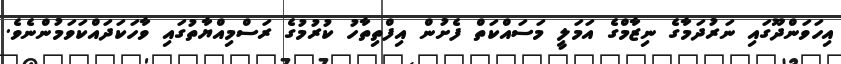
އިހަވަންދޫގައި ނަރުދަމާގެ ނިޒާމްގެ އަމަލީ މަސައްކަތް ފެށުން އިފްތިތާހު ކުރުމުގެ ރަސްމިއްޔާތުގައި ވާހަކަދައްކަވަމުންނެވެ.